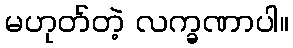
မဟုတ်တဲ့ လက္ခဏာပါ။